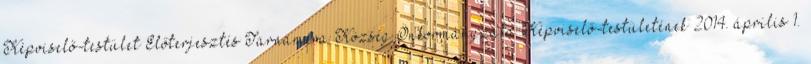
Képviselő-testület Előterjesztés Tarnaméra Község Önkormányzata Képviselő-testületének 2014. április 1.